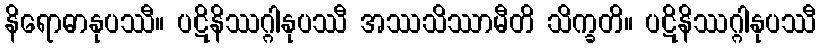
နိရောဓာနုပဿီ။ ပဋိနိဿဂ္ဂါနုပဿီ အဿသိဿာမီတိ သိက္ခတိ။ ပဋိနိဿဂ္ဂါနုပဿီ